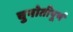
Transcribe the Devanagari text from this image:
चुनोतीपूर्ण